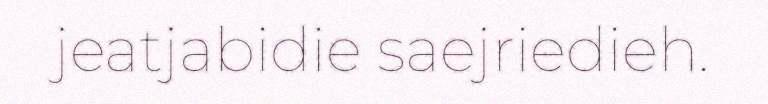
jeatjabidie saejriedieh.